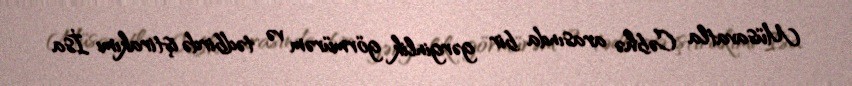
Müsavatla Cəbhə arasında bir gərginlik görmürəm və tədbirdə iştirakımı İsa